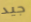
جيد